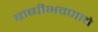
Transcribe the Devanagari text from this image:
बाष्पीभवणाचे